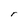
Character: r